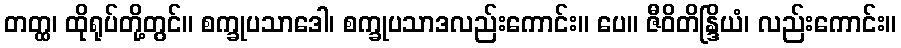
တတ္ထ၊ ထိုရုပ်တို့တွင်။ စက္ခုပသာဒေါ၊ စက္ခုပသာဒလည်းကောင်း။ ပေ။ ဇီဝိတိန္ဒြိယံ၊ လည်းကောင်း။